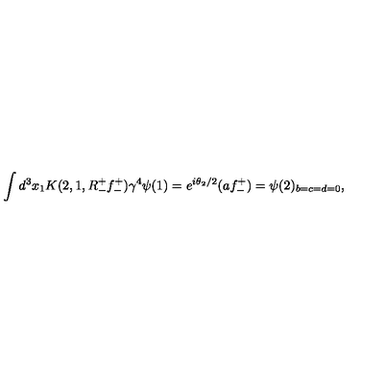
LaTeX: \int d ^ { 3 } x _ { 1 } K ( 2 , 1 , R _ { - } ^ { + } f _ { - } ^ { + } ) \gamma ^ { 4 } \psi ( 1 ) = e ^ { i \theta _ { 2 } / 2 } ( a f _ { - } ^ { + } ) = \psi ( 2 ) _ { b = c = d = 0 } ,